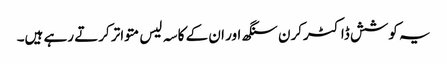
یہ کوشش ڈاکٹرکرن سنگھ اور ان کے کاسہ لیس متواتر کرتے رہے ہیں۔